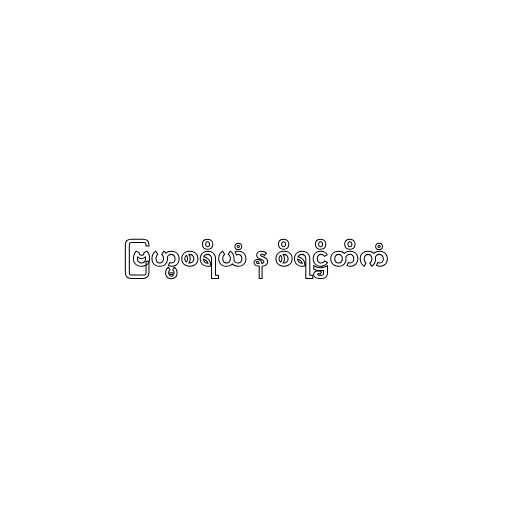
ဗြဟ္မစရိယံ န စိရဋ္ဌိတိကံ